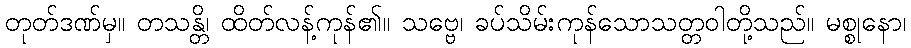
တုတ်ဒဏ်မှ။ တသန္တိ၊ ထိတ်လန့်ကုန်၏။ သဗ္ဗေ၊ ခပ်သိမ်းကုန်သောသတ္တဝါတို့သည်။ မစ္စုနော၊